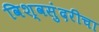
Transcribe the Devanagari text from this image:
विश्वसुंदरीचा